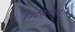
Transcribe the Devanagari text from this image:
निर्देशांकात